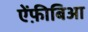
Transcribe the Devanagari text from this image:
ऐंफ़ीबिआ